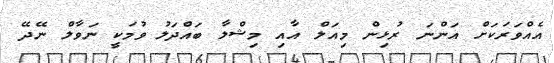
އެއްވަރަކަށް އަންނަ ރުޅިން މިއަލް އާއި މިޝްލާ ބައްދަލު ވުމަކީ ނަވާލް ނޭދޭ